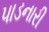
પાડનારી